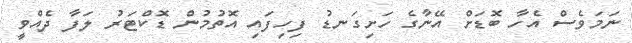
ނަމަވެސް އެހާ ބޮޑަށް އޭނާގެ ހަށިގަނޑު ފިހިފައި އޮތުމުން ޑޮކްޓަރު ލަފާ ދެއްވީ